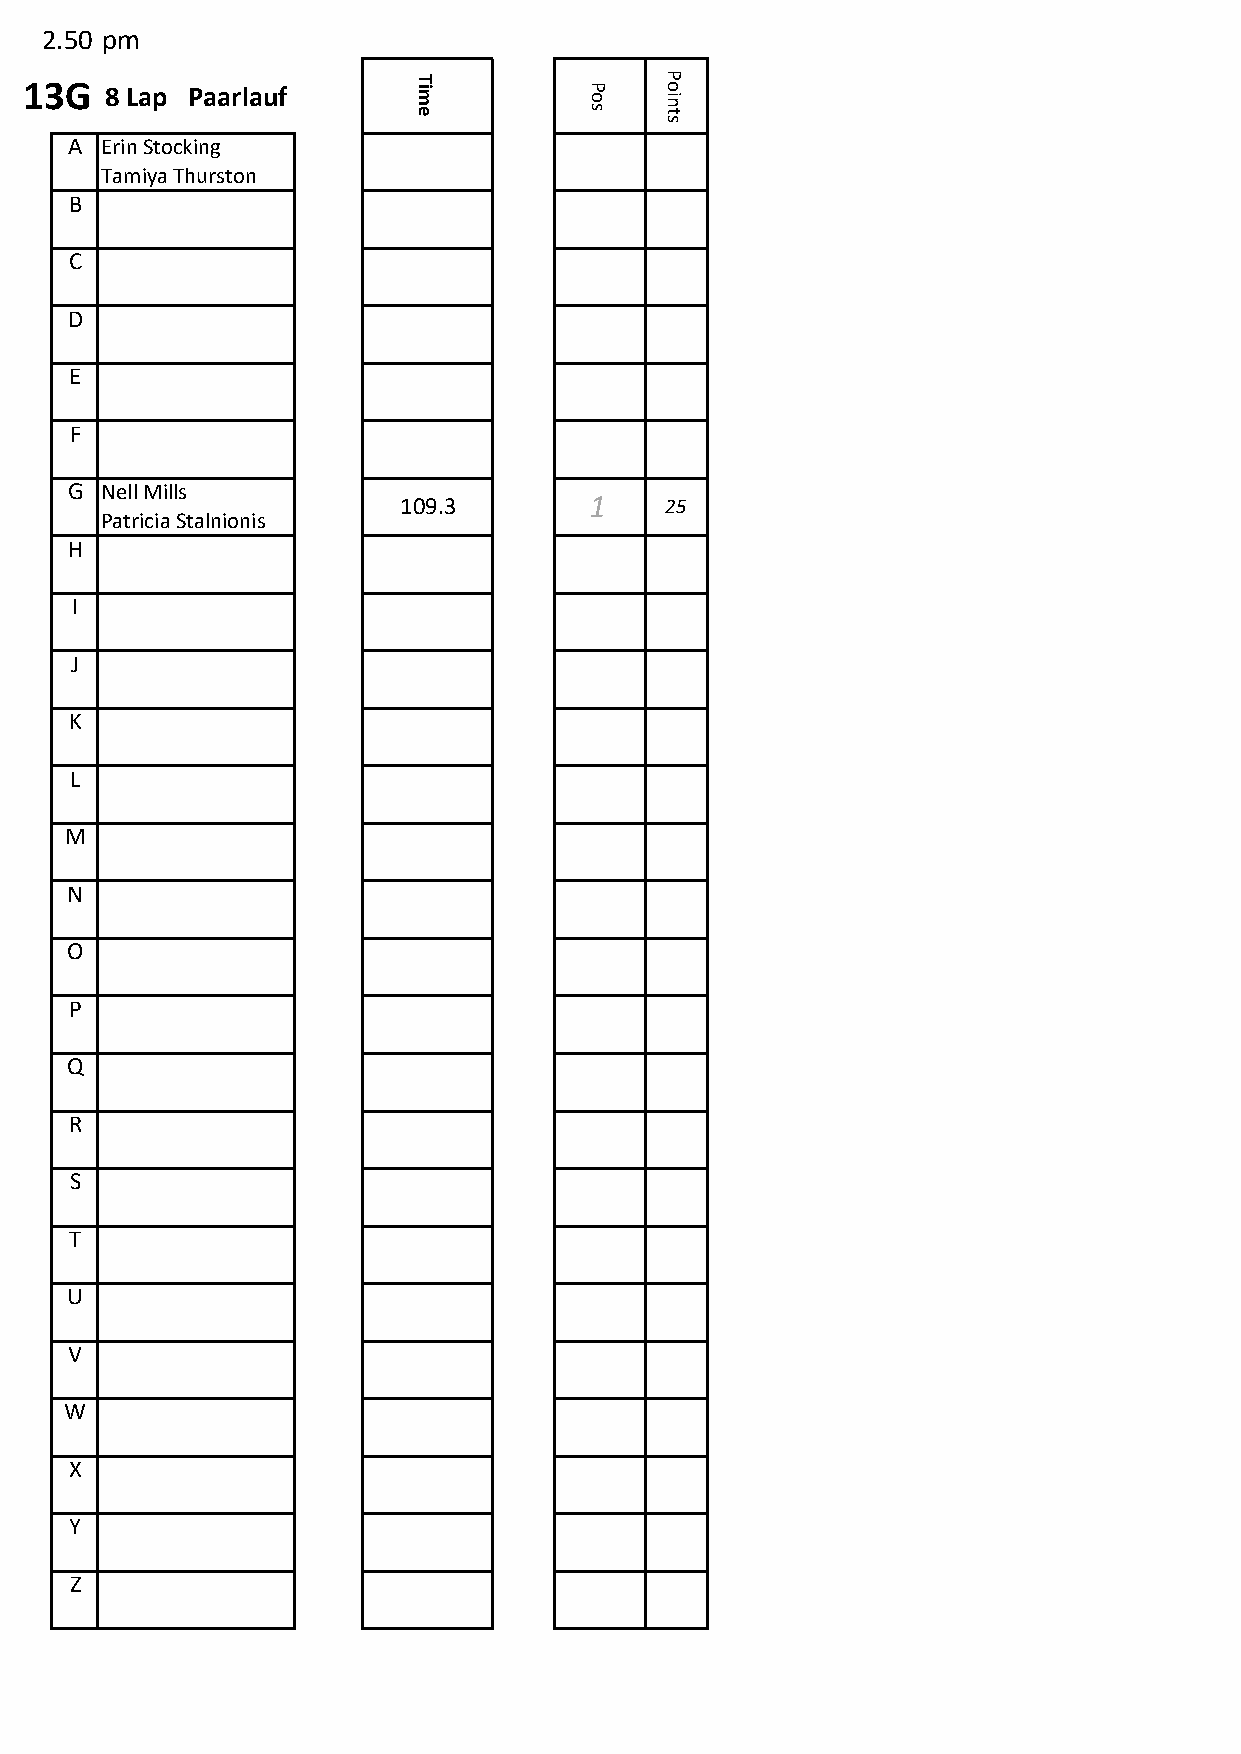
2.50 pm
 u13G   8 Lap Paarlauf      T im        P
 o
 P o
 in
 e           s    t
 s
 A Erin Stocking
 Tamiya Thurston
 B
 C
 D
 E
 F
 G  Nell Mills
 109.3        1    25
 Patricia Stalnionis
 H
 I
 J
 K
 L
 M
 N
 O
 P
 Q
 R
 S
 T
 U
 V
 W
 X
 Y
 Z